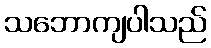
သဘောကျပါသည်